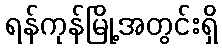
ရန်ကုန်မြို့အတွင်းရှိ